Calcutta medical institutions reports 1879-81 [i.e.91]
Year: 1879
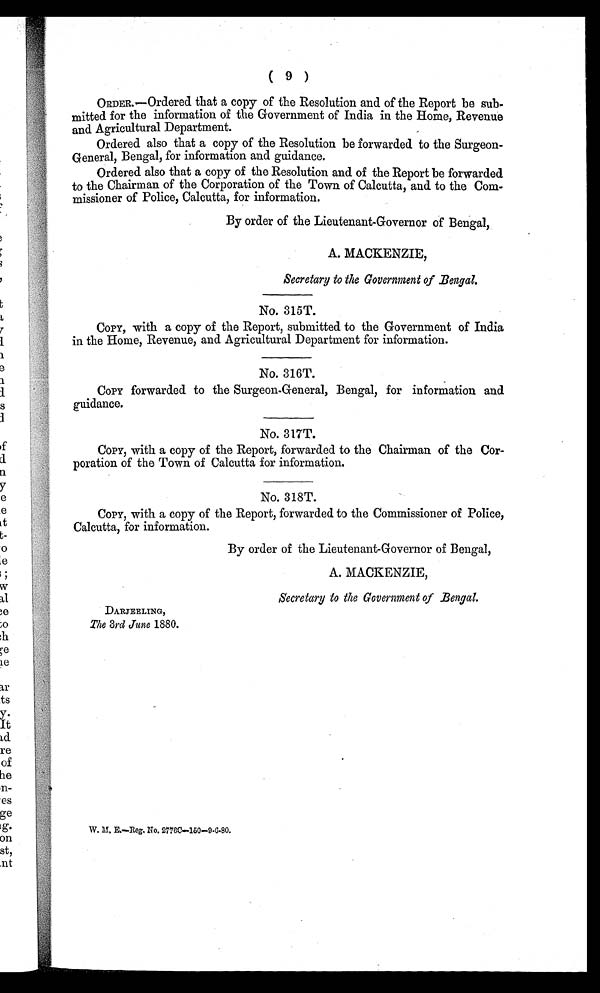
(9)
ORDER.—Ordered that a copy of the Resolution and of the Report be sub
-
mitted for the information of the Government of India in the Home, Revenue
and Agricultural Department.
Ordered also that a copy of the Resolution be forwarded to the Surgeon-
General, Bengal, for information and guidance.
Ordered also that a copy of the Resolution and of the Report be forwarded
to the Chairman of the Corporation of the Town of Calcutta, and to the Com
-
missioner of Police, Calcutta, for information.
By order of the Lieutenant-Governor of Bengal,
A. MACKENZIE,
Secretary to the Government of Bengal.
No. 315T.
COPY, with a copy of the Report, submitted to the Government of India
in the Home, Revenue, and Agricultural Department for information.
No. 316T.
COPY forwarded to the Surgeon-General, Bengal, for information and
guidance.
No. 317T.
COPY, with a copy of the Report, forwarded to the Chairman of the Cor
-
poration of the Town of Calcutta for information.
No. 318T.
COPY, with a copy of the Report, forwarded to the Commissioner of Police,
Calcutta, for information.
By order of the Lieutenant-Governor of Bengal,
A. MACKENZIE,
Secretary to the Government of Bengal.
DARJEELING,
The 3rd June 1880.
W.M.E.—Reg. No. 2776C—150—9-6-80.